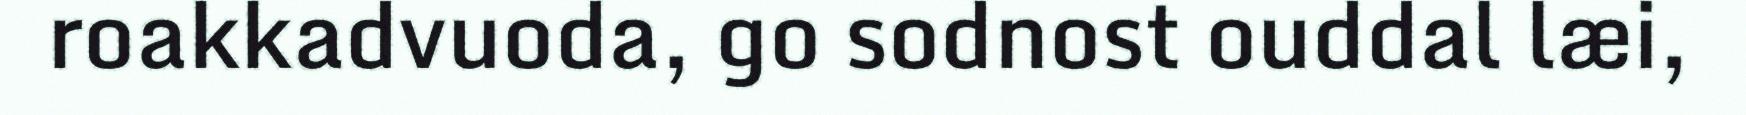
roakkadvuoda, go sodnost ouddal læi,